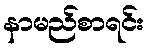
နာမည်စာရင်း